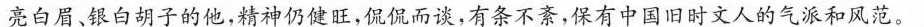
亮白眉、银白胡子的他，精神仍健旺，侃侃而谈，有条不紊，保有中国旧时文人的气派和风范。